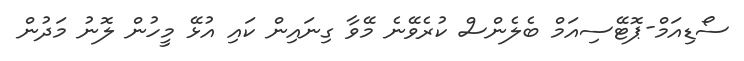
ސޯޑިއަމް-ޕޮޓޭސިއަމް ބެލެންސް ކުރެވޭނެ މޭވާ ގިނައިން ކައި އުޅޭ މީހުން ލޮނު މަދުން